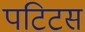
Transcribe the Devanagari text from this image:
पटिटस